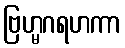
ဗြဟ္မဂရဟကာ